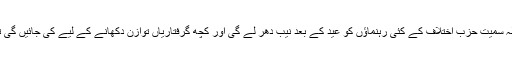
اطلاعات یہ ہیں کہ شہباز شریف، میاں جاوید لطیف، رانا ثنا اللہ سمیت حزب اختلاف کے کئی رہنماؤں کو عید کے بعد نیب دھر لے گی اور کچھ گرفتاریاں توازن دکھانے کے لیے کی جائیں گی تاکہ نیب اور انصافی سرکار دونوں خود کو سرخرو کر سکیں۔